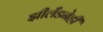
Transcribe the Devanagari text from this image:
झीलँडनेही